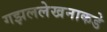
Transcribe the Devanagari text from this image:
गझललेखनाकडे